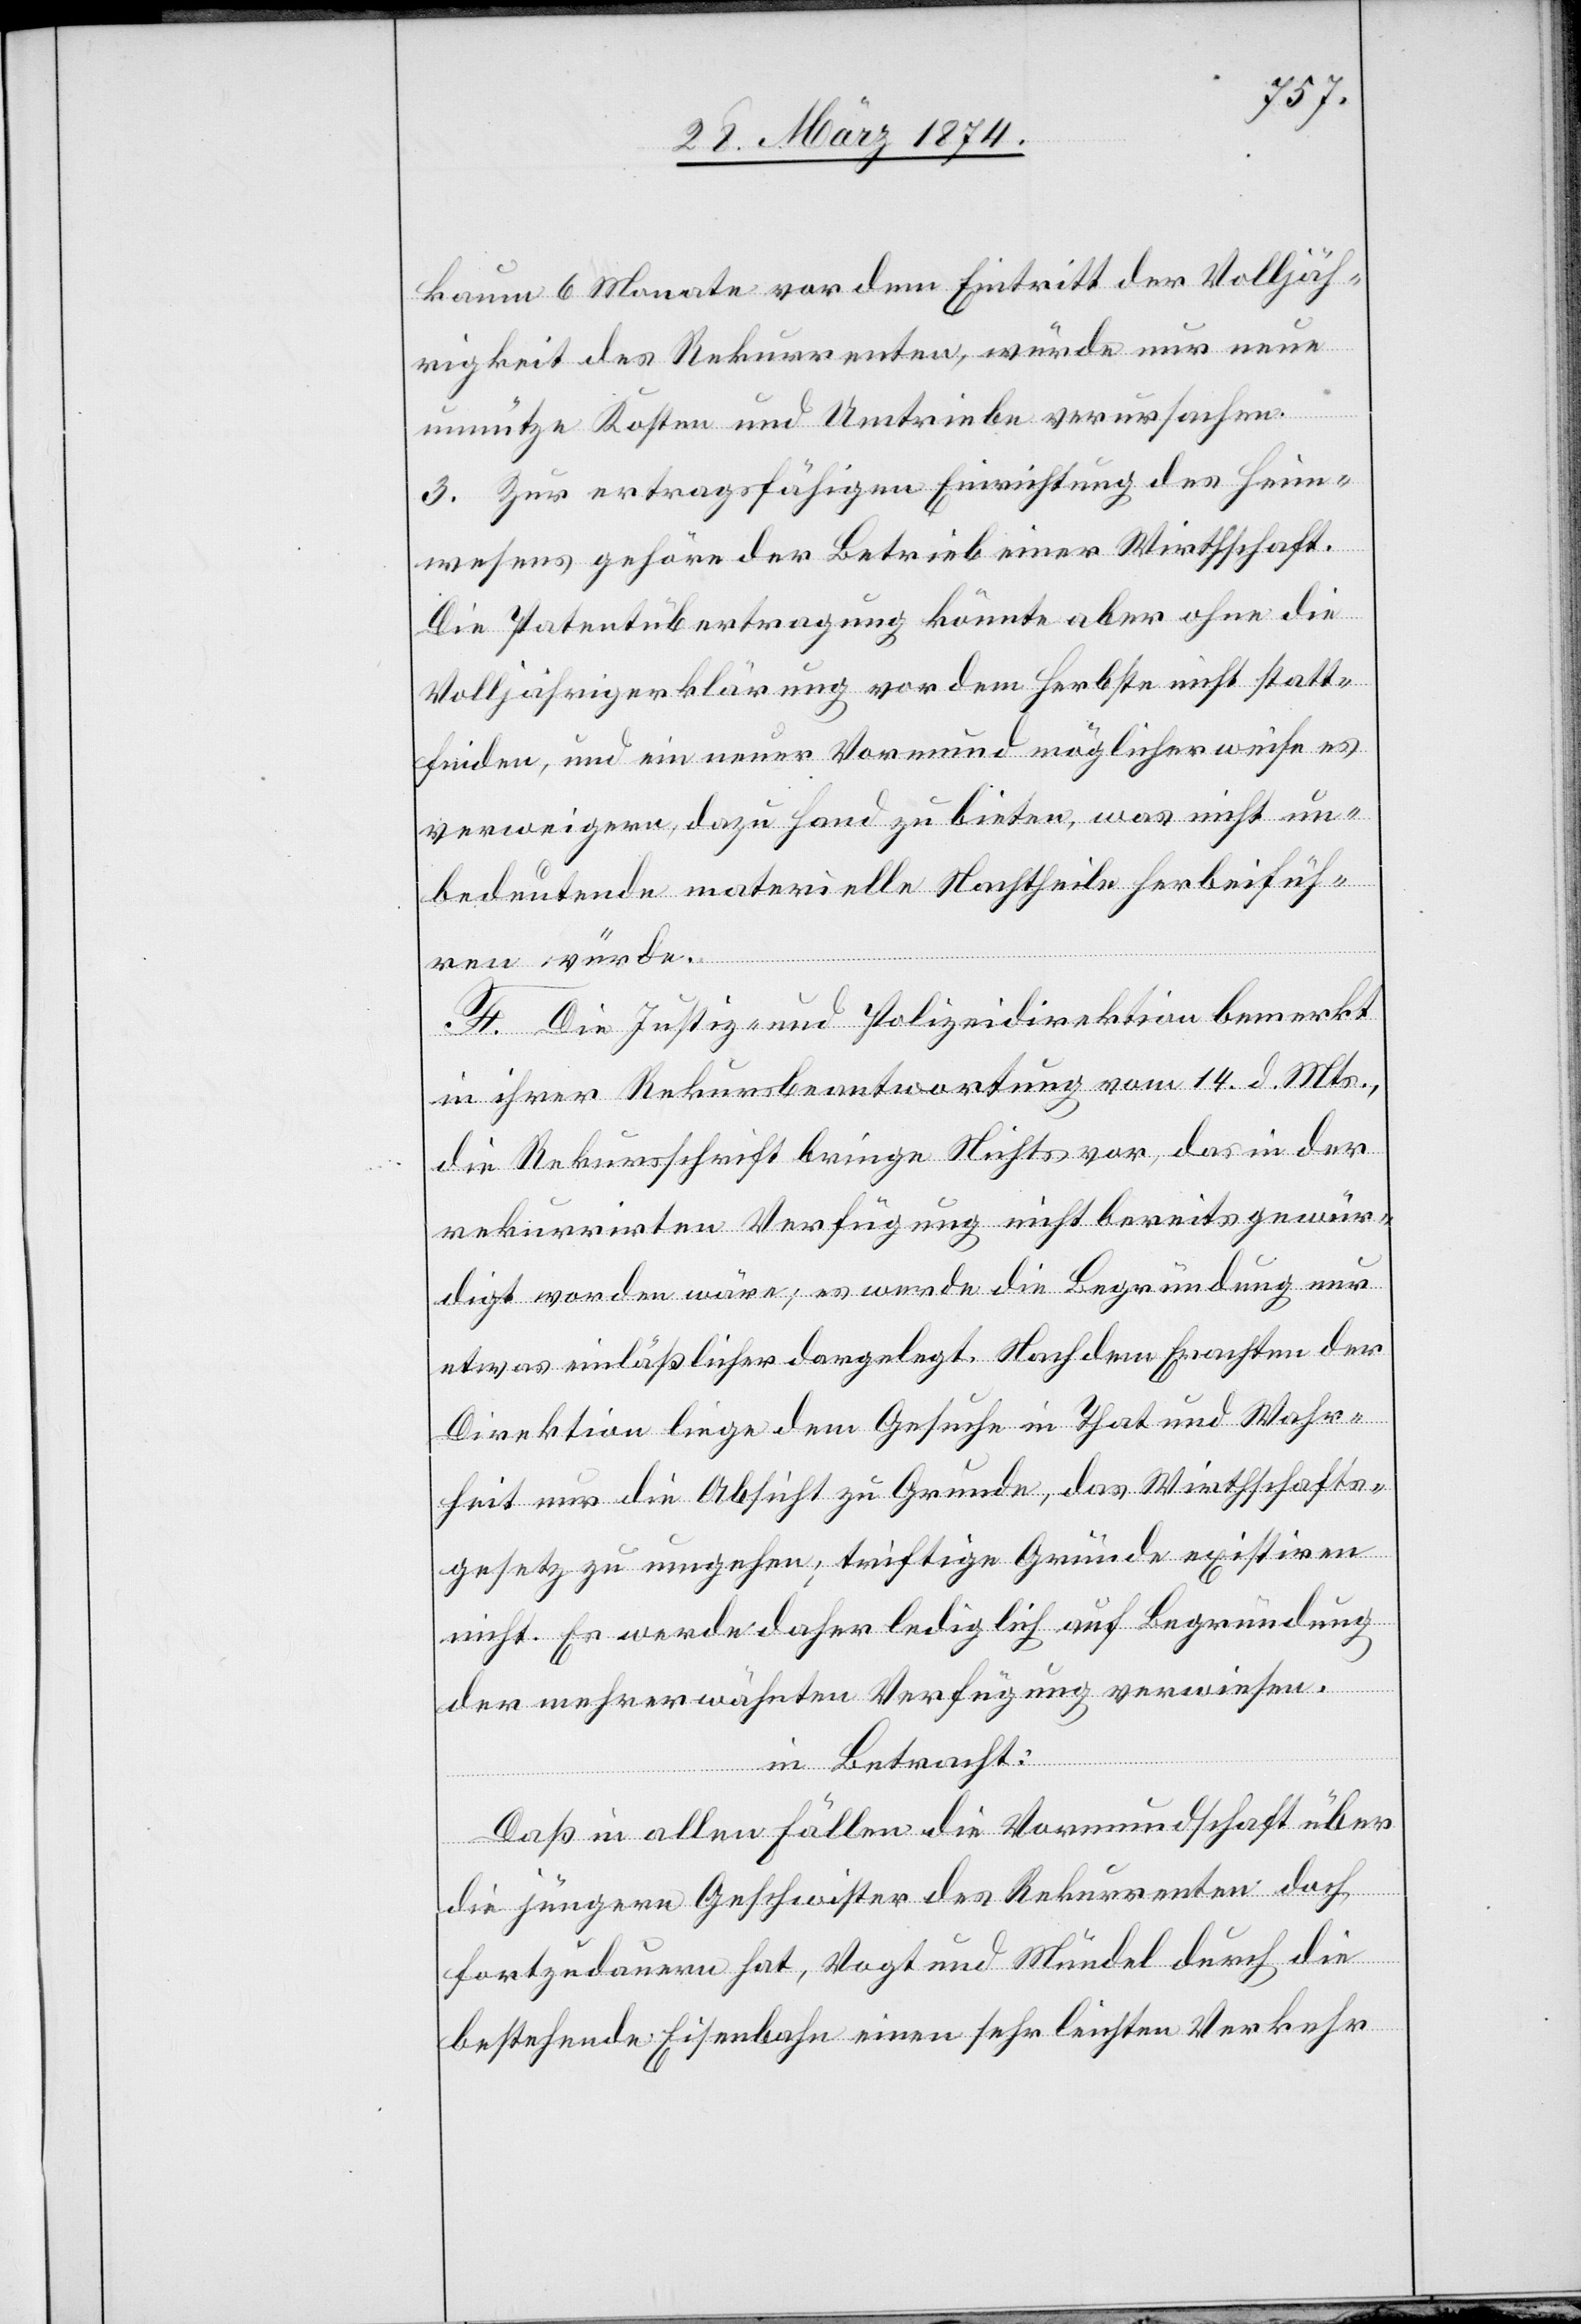
kaum 6 Monate vor dem Eintritt der Volljäh¬
rigkeit des Rekurrenten, würde nur neue
unnütze Kosten und Umtriebe verursachen.
3. Zur ertragsfähigen Einrichtung des Heim¬
wesens gehöre der Betrieb einer Wirthschaft.
Die Patentübertragung könnte aber ohne die
Volljährigerklärung vor dem Herbste nicht statt¬
finden, und ein neuer Vormund möglicherweise es
verweigern, dazu Hand zu bieten, was nicht un¬
bedeutende materielle Nachtheile herbeifüh¬
ren würde.
F. Die Justiz- und Polizeidirektion bemerkt
in ihrer Rekursbeantwortung vom 14. d. Mts.,
die Rekursschrift bringe Nichts vor, das in der
rekurrirten Verfügung nicht bereits gewür¬
digt worden wäre; es werde die Begründung nur
etwas einläßlicher dargelegt. Nachdem Erachten der
Direktion liege dem Gesuche in That und Wahr¬
heit nur die Absicht zu Grunde, das Wirthschafts¬
gesetze zu umgehen; triftige Gründe existiren
nicht. Es werde daher lediglich auf Begründung
der mehrerwähnten Verfügung verwiesen.
in Betracht:
Daß in allen Fällen die Vormundschaft über
die jüngern Geschwister des Rekurrenten doch
fortzudauern hat, Vogt und Mündel durch die
bestehende Eisenbahn einen sehr leichten Verkehr